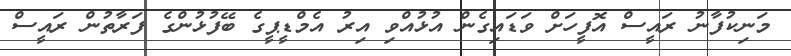
މަނިކުފާނު ރައީސް އޮފީހަށް ވަޑައިގެން އުޅުއްވި އިރު އެމްޑީޕީގެ ބޭފުޅުންގެ ފަރާތުން ރައީސް